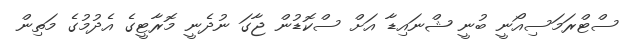
ސްޓްރަމަސިއޯނީ ބުނީ ޝްނައިޑާ އަށް ސްކޮޑުން ޖާގަ ނުދެނީ މޮރާޓީގެ އެދުމުގެ މަތިން